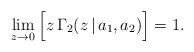
LaTeX: \begin{align*}\lim\limits_{z\rightarrow 0}\,\Bigl[z\,\Gamma_2(z\,|\,a_1,a_2)\Bigr] = 1.\end{align*}